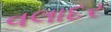
વલાદર